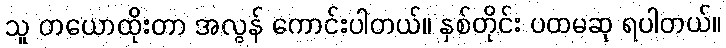
သူ တယောထိုးတာ အလွန် ကောင်းပါတယ်။ နှစ်တိုင်း ပထမဆု ရပါတယ်။